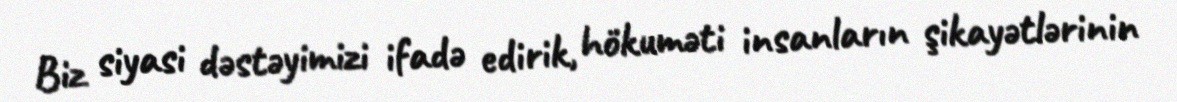
Biz siyasi dəstəyimizi ifadə edirik, hökuməti insanların şikayətlərinin